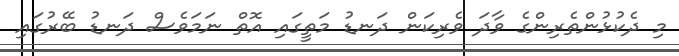
މި ދެކުޅުންތެރިންގެ ވާދަ ވެރިކަން ދަނޑު މަތީގައި އޮތް ނަމަވެސް ދަނޑު ބޭރުގައި